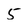
Character: 5